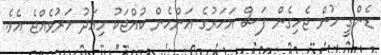
ޑެންގީ ހުން ޖެހިގެން ފަސް އަހަރުގެ އަންހެން ކުއްޖަކު މިއަދު މަރުވެއްޖެ އެވެ.